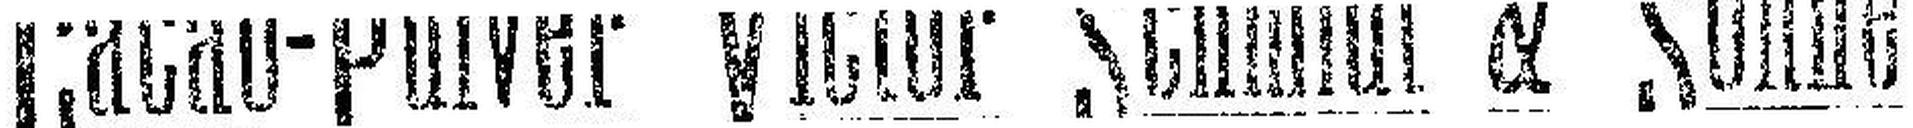
Cacao-Pulver Victor Schmidt & Söhne